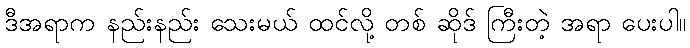
ဒီအရာက နည်းနည်း သေးမယ် ထင်လို့ တစ် ဆိုဒ် ကြီးတဲ့ အရာ ပေးပါ။